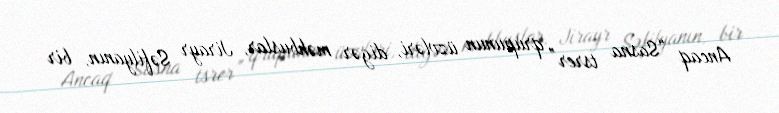
Ancaq “Sasna tsrer” qrupunun üzvləri, digər məhbuslar, Jirayr Səfilyanın, bir